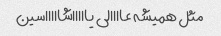
مثل همیشه عاااالی یاااااشاااااسین